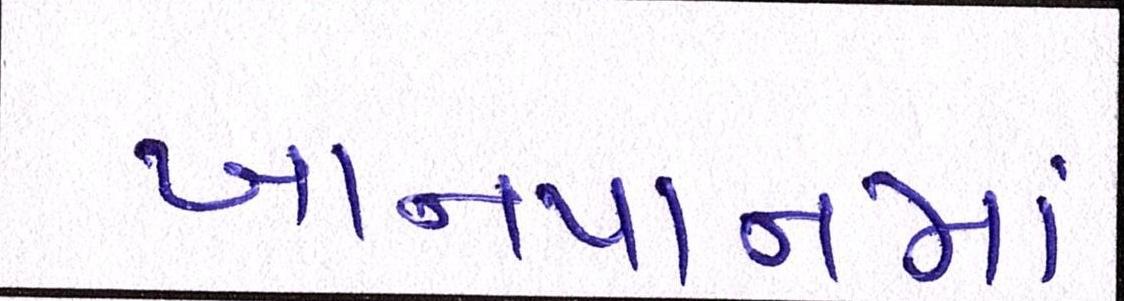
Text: ખાનપાનમાં